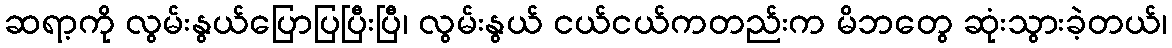
ဆရာ့ကို လွမ်းနွယ်ပြောပြပြီးပြီ၊ လွမ်းနွယ် ငယ်ငယ်ကတည်းက မိဘတွေ ဆုံးသွားခဲ့တယ်၊